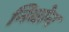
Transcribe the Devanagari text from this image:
निघोन